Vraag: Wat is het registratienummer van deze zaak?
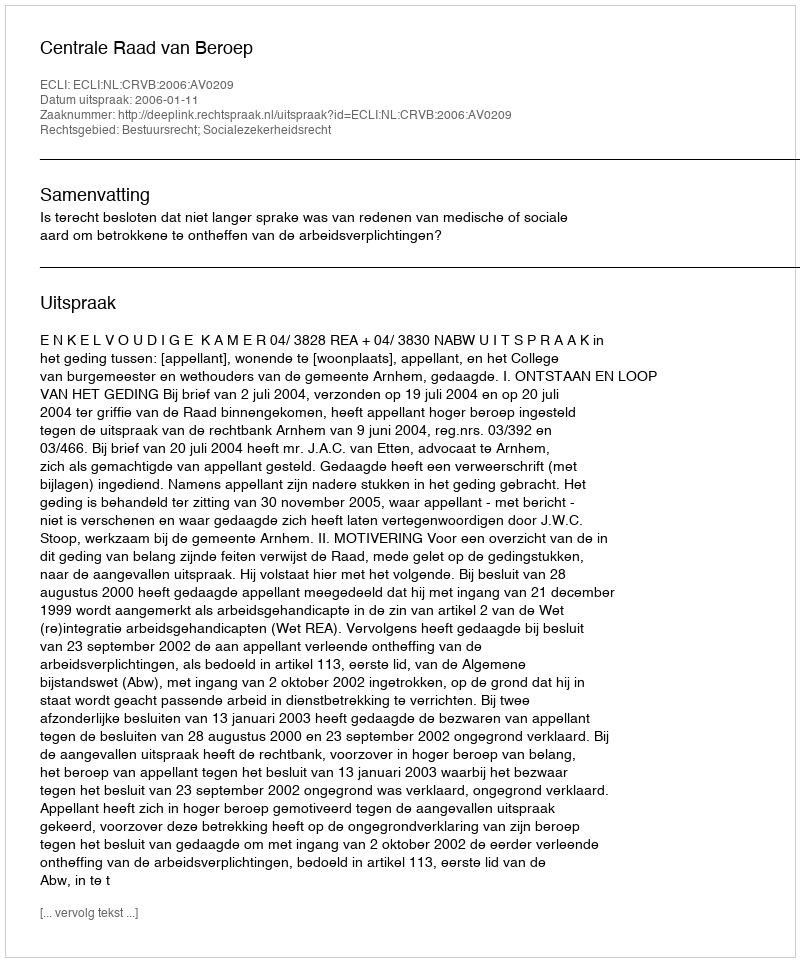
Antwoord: http://deeplink.rechtspraak.nl/uitspraak?id=ECLI:NL:CRVB:2006:AV0209